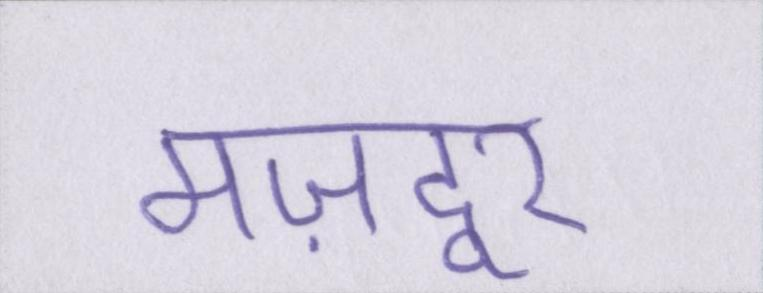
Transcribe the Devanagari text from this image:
मज़दूर